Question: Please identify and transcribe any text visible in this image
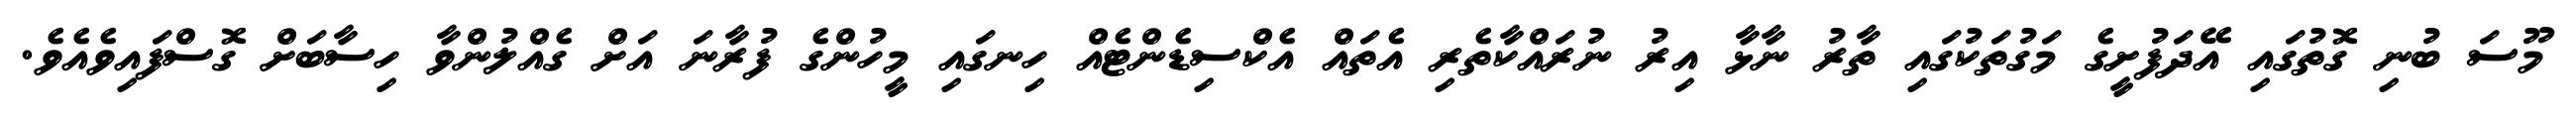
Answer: މޫސަ ބުނި ގޮތުގައި އޭދަފުށީގެ މަގުތަކުގައި ތާރު ނާޅާ އިރު ނުރައްކާތެރި އެތައް އެކްސިޑެންޓެއް ހިނގައި މީހުންގެ ފުރާނަ އަށް ގެއްލުންވާ ހިސާބަށް ގޮސްފައިވެއެވެ.